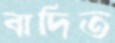
বাদিত